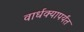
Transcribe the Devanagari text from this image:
वार्धक्यापर्यंत